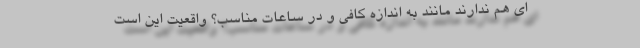
ای هم ندارند مانند به اندازه کافی و در ساعات مناسب؟ واقعیت این است